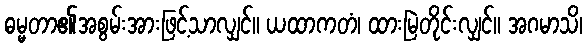
ဓမ္မတာ၏အစွမ်းအားဖြင့်သာလျှင်။ ယထာကတံ၊ ထားမြဲတိုင်းလျှင်။ အဂမာသိ၊